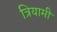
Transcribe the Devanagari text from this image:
त्रियामी